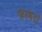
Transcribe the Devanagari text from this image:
फायदो